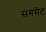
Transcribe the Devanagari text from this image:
सेंगमेंट